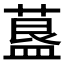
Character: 𦹧